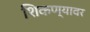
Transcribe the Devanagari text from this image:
शिकण्यावर